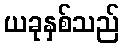
ယခုနှစ်သည်